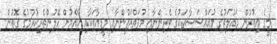
މީގެ އިތުރުން ދައުލަތުގެ މުއައްސަސާތަކުގެ ވެރިންނާއި މުވައްޒަފުންނާއި މީޑިއާތަކާއި ޢާއްމުން ހޭލުންތެރިކުރުމުގެ ގޮތުން